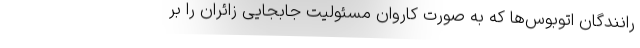
رانندگان اتوبوس‌ها که به صورت کاروان مسئولیت جابجایی زائران را بر